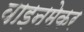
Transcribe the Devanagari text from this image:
वाइनमेकर